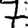
Digit: 7